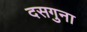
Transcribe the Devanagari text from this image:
दसगुना